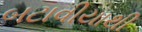
બટાવીયાથી